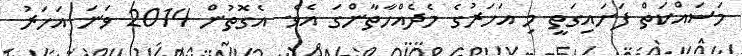
މަސައްކަތް ފަށައިގަތީ މި އަހަރުގެ މެދެއްހާތާންގަ އެވެ. އެގޮތުން 2014 ވަނަ އަހަރު